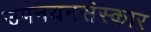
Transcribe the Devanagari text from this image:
उपनयनसंस्कार